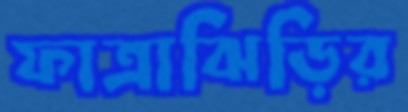
ফাত্রাঝিড়ির